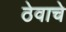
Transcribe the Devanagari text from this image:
ठेवाचे